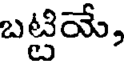
బట్టియే,